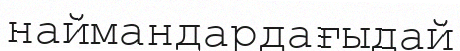
наймандардағыдай